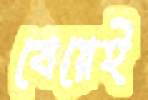
বেয়েই